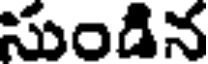
సుండిన